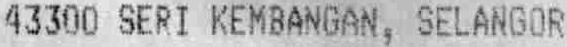
43300 SERI KEMBANGAN, SELANGOR